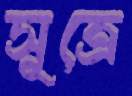
সূত্রে